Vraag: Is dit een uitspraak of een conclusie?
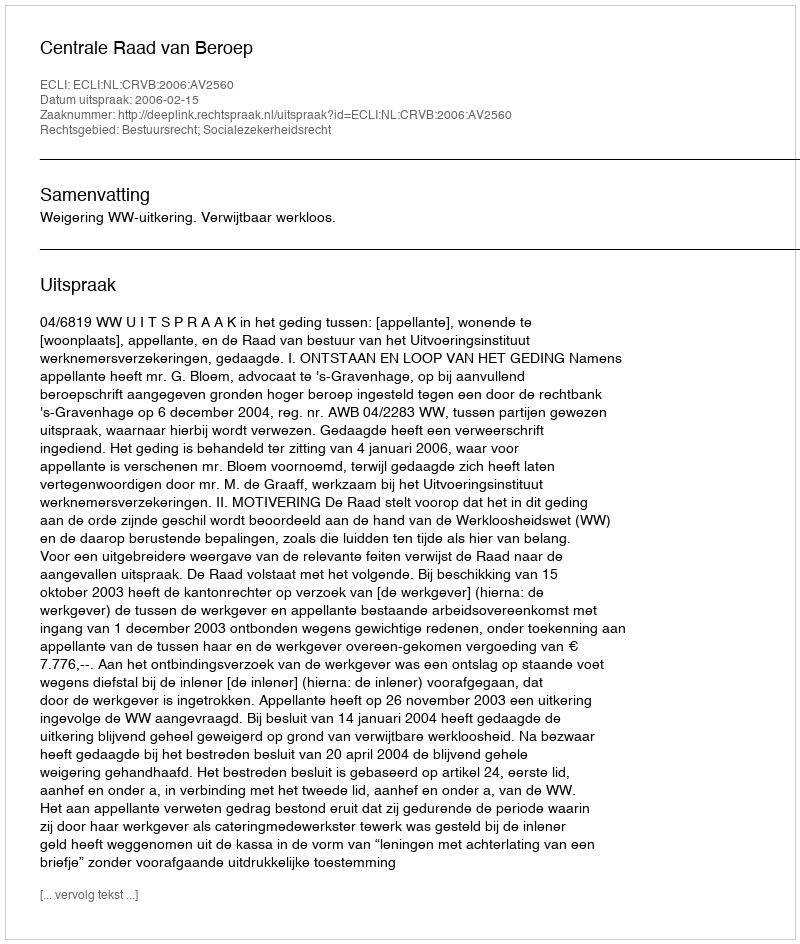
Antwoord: Uitspraak